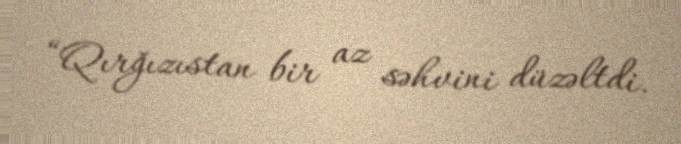
“Qırğızıstan bir az səhvini düzəltdi.